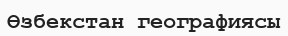
Өзбекстан географиясы